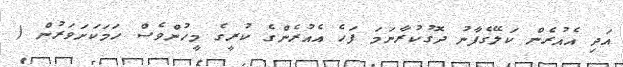
އަދި އެއުރެން ކަލޭގެފާނު ދޮގުކުރާނަމަ ފަހެ އެއުރެންގެ ކުރީގެ މީހުންވެސް ހަމަކަށަވަރުން (